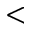
<